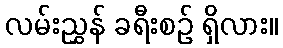
လမ်းညွှန် ခရီးစဉ် ရှိလား။